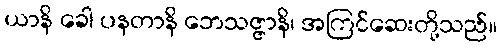
ယာနိ ခေါ ပနတာနိ ဘေသဇ္ဇာနိ၊ အကြင်ဆေးတို့သည်။